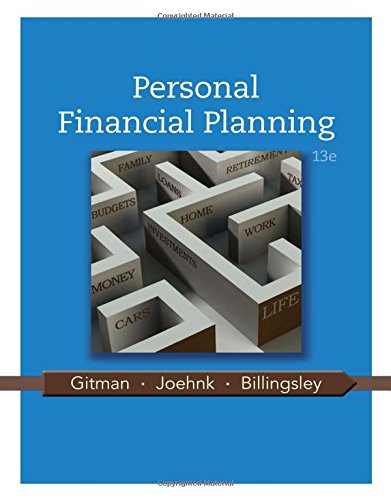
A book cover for Personal Financial Planning; Lawrence J. Gitman; Business & Money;